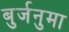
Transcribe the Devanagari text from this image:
बुर्जनुमा